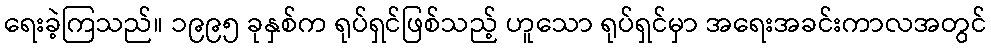
ရေးခဲ့ကြသည်။ ၁၉၉၅ ခုနှစ်က ရုပ်ရှင်ဖြစ်သည့် ဟူသော ရုပ်ရှင်မှာ အရေးအခင်းကာလအတွင်